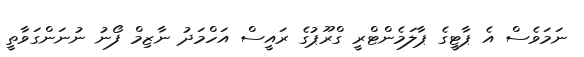
ނަމަވެސް އެ ޕާޓީގެ ޕާލަމެންޓްރީ ގްރޫޕުގެ ރައީސް އަހްމަދު ނާޒިމް ފޯނު ނުނަންގަވާތީ